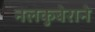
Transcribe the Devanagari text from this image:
नलकुबेराने